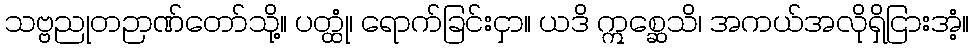
သဗ္ဗညုတဉာဏ်တော်သို့။ ပတ္ထုံ၊ ရောက်ခြင်းငှာ။ ယဒိ ဣစ္ဆေသိ၊ အကယ်အလိုရှိငြားအံ့။